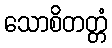
သောစိတတ္တံ